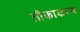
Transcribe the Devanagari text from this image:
तीकाकरण